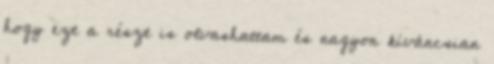
hogy ezt a részt is olvashattam és nagyon kíváncsian